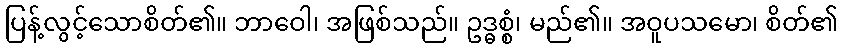
ပြန့်လွင့်သောစိတ်၏။ ဘာဝေါ၊ အဖြစ်သည်။ ဥဒ္ဓစ္စံ၊ မည်၏။ အဝူပသမော၊ စိတ်၏